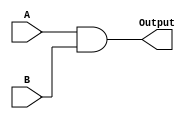
module AND(A, B, Output);
    // Inputs
    input[31:0]A;
    input[31:0]B;

    // Outputs
    output reg[31:0]Output;

    // Logic
    always@(A, B)
        // Output is bitwise AND of (A, B)
        Output = A & B;
endmodule